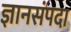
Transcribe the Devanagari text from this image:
ज्ञानसंपदा